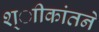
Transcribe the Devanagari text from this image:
श्ाीकांतने